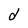
Character: d